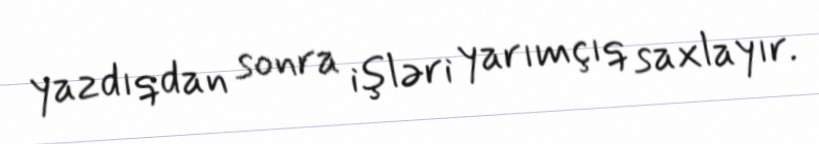
yazdıqdan sonra işləri yarımçıq saxlayır.